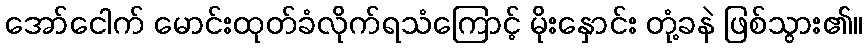
အော်ငေါက် မောင်းထုတ်ခံလိုက်ရသံကြောင့် မိုးနှောင်း တုံ့ခနဲ ဖြစ်သွား၏။